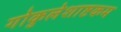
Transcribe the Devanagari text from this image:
गोकुलेशाष्टकम